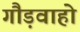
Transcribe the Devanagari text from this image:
गौड़वाहो